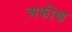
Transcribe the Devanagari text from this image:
अफीण